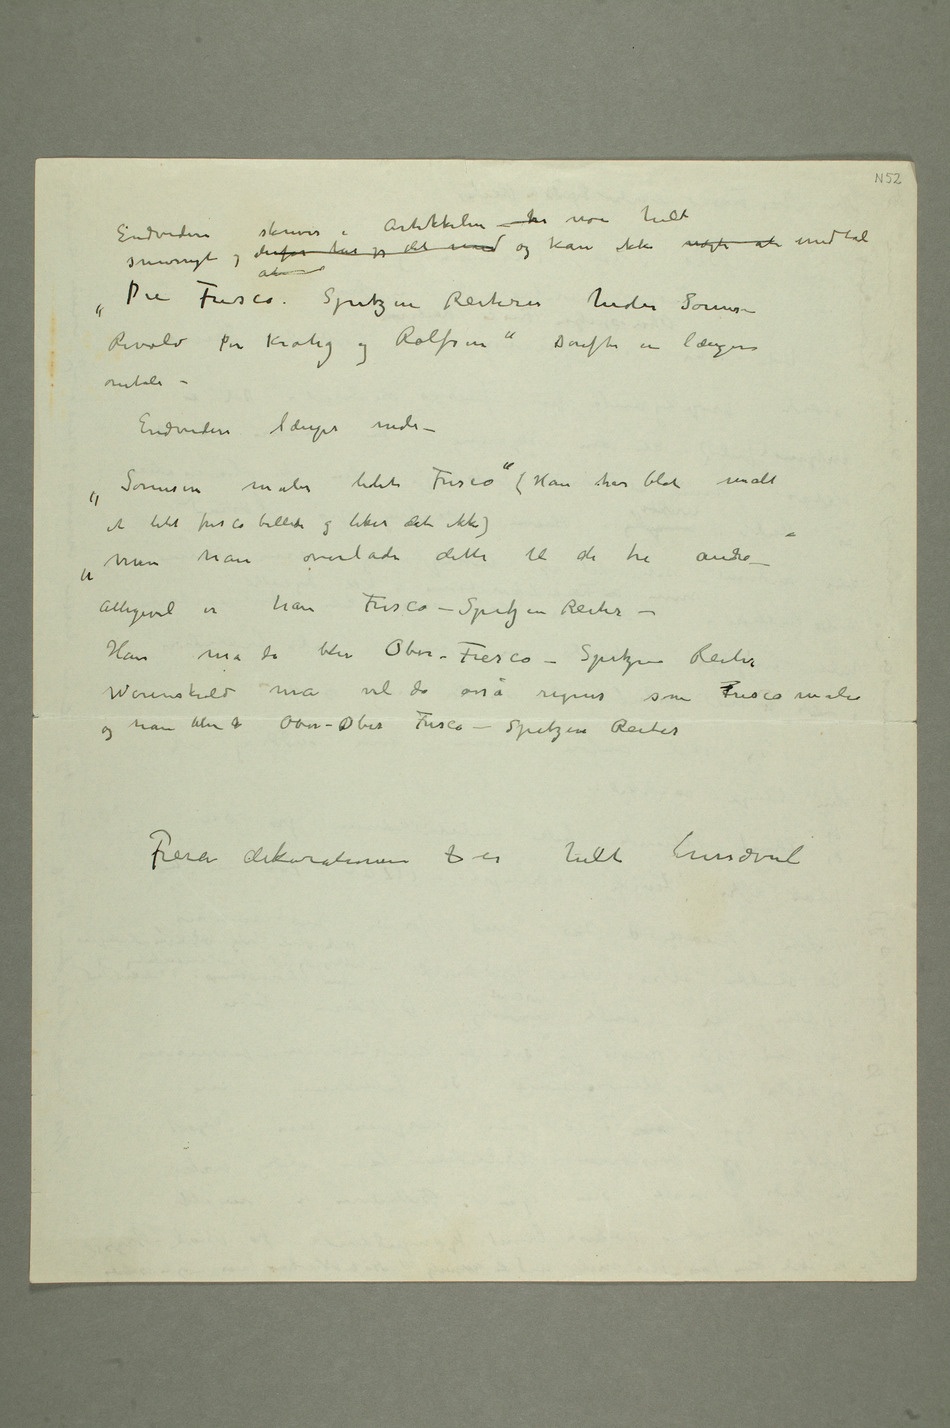
Endvidere skrives i Artikkelen he noe helt
«Die Fresco Spitzsen Reiteren heder Sørensen –
Revold Per Krohg og Rolfsen» Derefter en længere
omtale –
Endvidere  længer nede –
«Sørensen maler lidet Fresco» (Han har blot malt
et litet fresco billede og liker det  ikke)
«men han overlader dette til de  tre andre –»
Alligevel er han Fresco-Spitzen-Reiter
– Han må da blive Ober-Fresco-Spitzen Reiter
Werenskiold må vel da osså regnes som Frescomaler og
han blir Ober-Ober Fresco-Spitzen Reiter